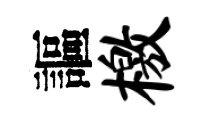
謳檄